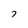
Character: 7